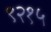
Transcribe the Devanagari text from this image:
९२१५